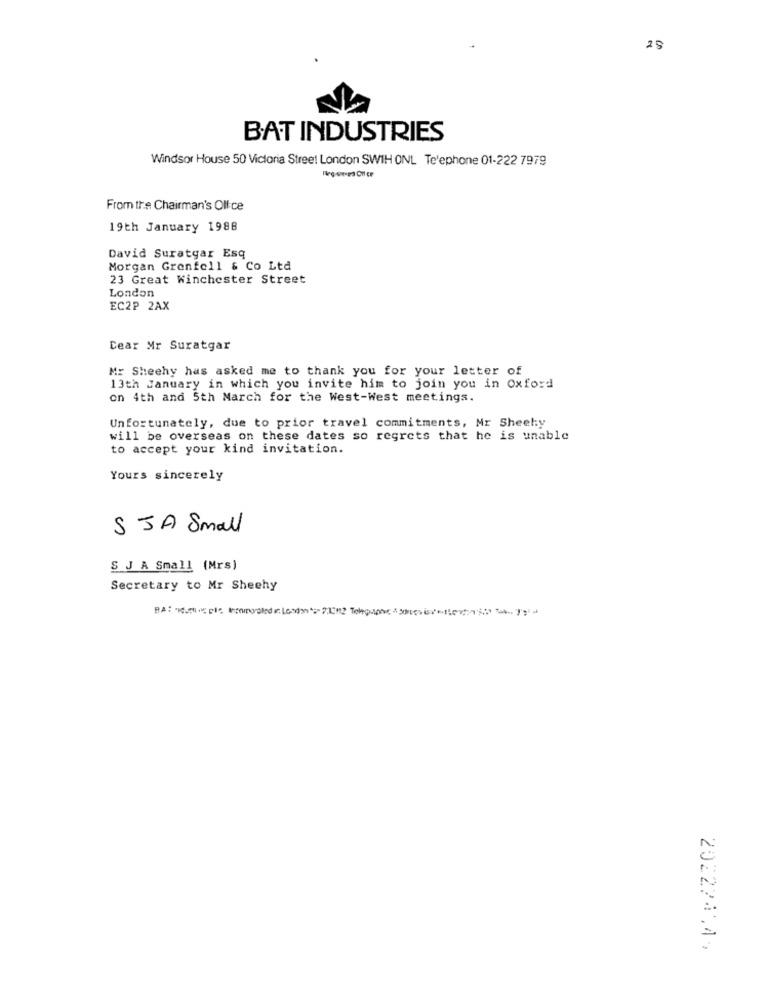
Sr
BAT INDUSTRIES
Windsor House 50 Victoria Street London SWIH ONL Telephone 01-222 7979
From the Chairman's Olfce
19th January 1988
David Suratgar Esq
Morgan Grenfell & Co Ltd
23 Great Winchester Street
London
EC2P 2AX
Dear Mr Suratgar
Mr Sheehy has asked me to thank you for your letter of
13th January in which you invite him to join you in Oxford
on 4th and 5th March for the West-West meetings.
Unfortunately, due to prior travel commitments, Mr Sheehy
will be overseas on these dates so regrets that he is unable
to accept your kind invitation.
Yours sincerely
S JA Small
S J A Small (Mrs)
Secretary to Mr Sheehy
202224,49